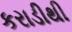
કરાડીથી